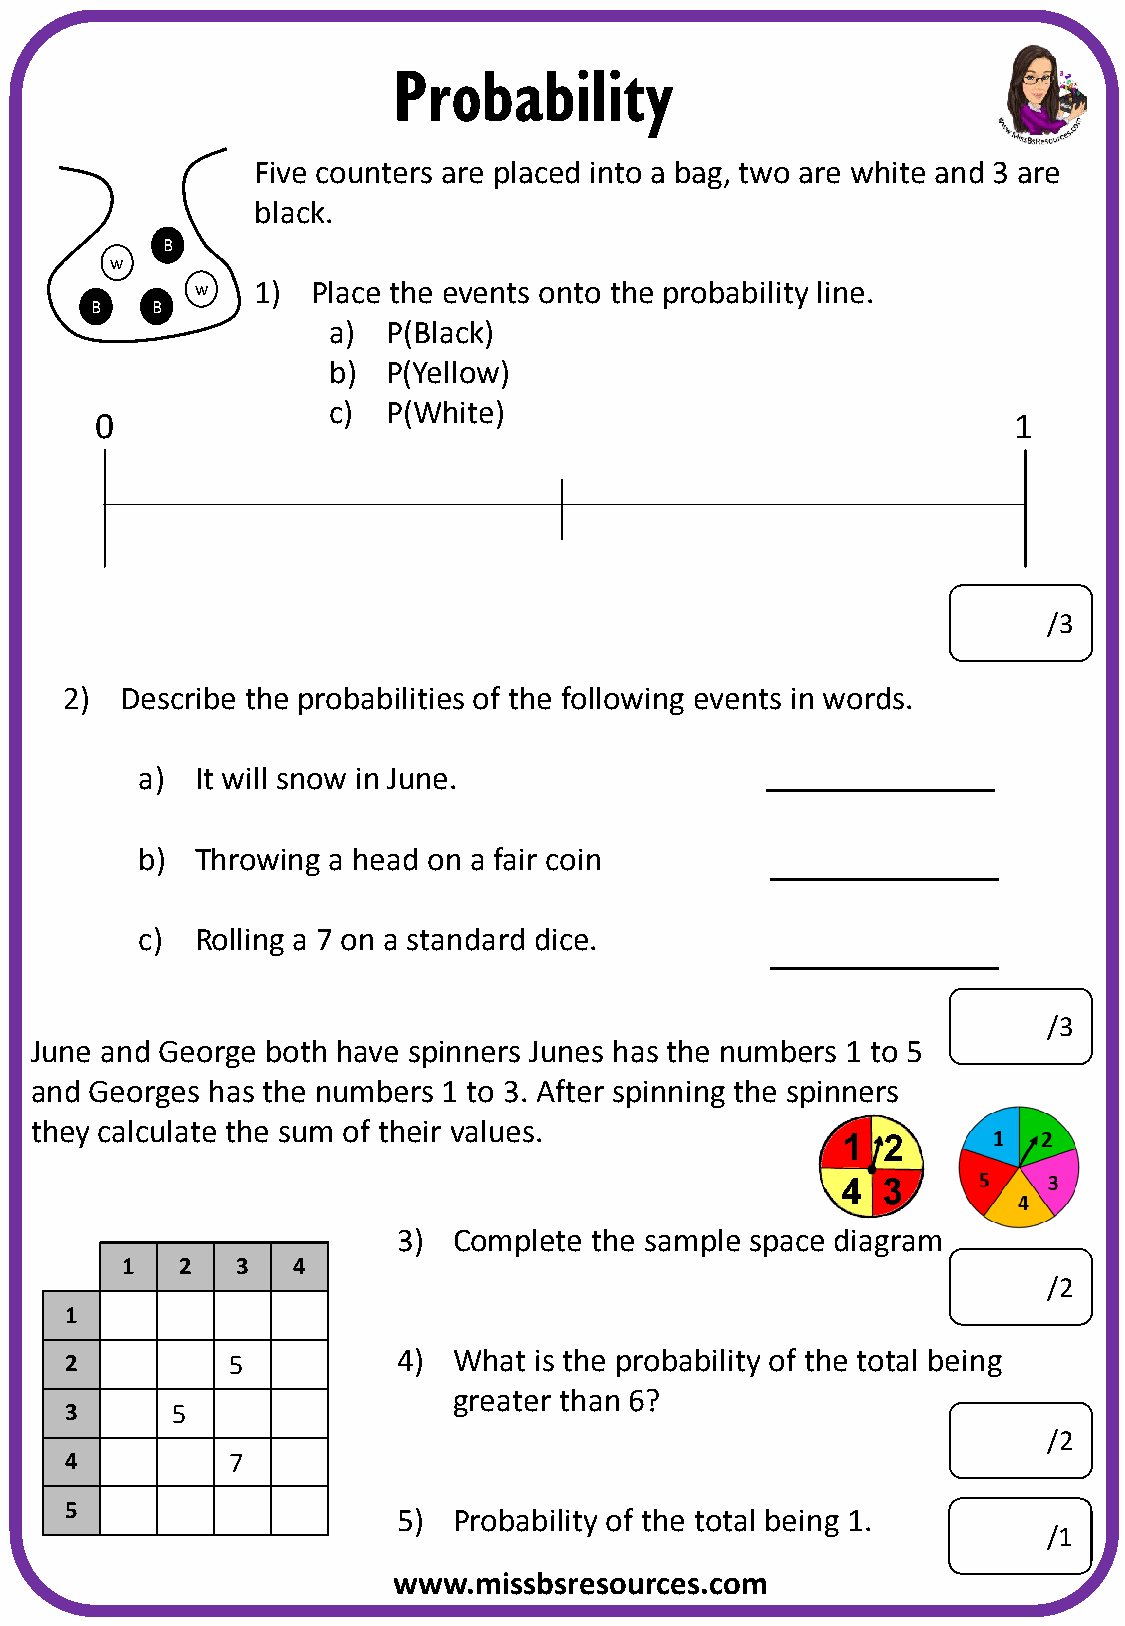
Probability
 Five counters are placed into a bag, two are white and 3 are
 black.
 B
 w
 w   1)  Place the events onto the probability line.
 B   B
 a)  P(Black)
 b)  P(Yellow)
 c)  P(White)
 0                                                            1
 /3
 2)  Describe the probabilities of the following events in words.
 a)  It will snow in June.
 b)  Throwing a head on a fair coin
 c)  Rolling a 7 on a standard dice.
 /3
 June and George both have spinners Junes has the numbers 1 to 5
 and Georges has the numbers 1 to 3. After spinning the spinners
 they calculate the sum of their values.
 3)  Complete the sample space diagram
 1   2   3  4
 /2
 1
 4)  What is the probability of the total being
 2          5
 greater than 6?
 3      5
 /2
 4          7
 5
 5)  Probability of the total being 1.
 /1
 www.missbsresources.com